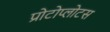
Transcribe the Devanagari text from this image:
प्रोटोप्लोटस